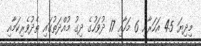
މިދިޔަ 45 އަހަރާއި 6 މަހާއި 17 ދުވަހުގެ ދިގު މުއްދަތުގައި ތެދުވެރިކަމާއި